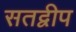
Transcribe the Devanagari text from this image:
सतद्वीप